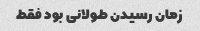
زمان رسیدن طولانی بود فقط